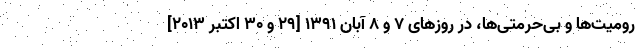
رومیت‌ها و بی‌حرمتی‌ها، در روزهای ۷ و ۸ آبان ۱۳۹۱ [۲۹ و ۳۰ اکتبر ۲۰۱۳]